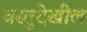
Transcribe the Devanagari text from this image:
वस्तुदेखील